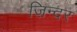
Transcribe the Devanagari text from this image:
ज़िन्दर